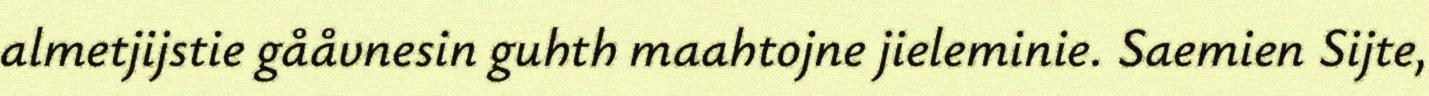
almetjijstie gååvnesin guhth maahtojne jieleminie. Saemien Sijte,